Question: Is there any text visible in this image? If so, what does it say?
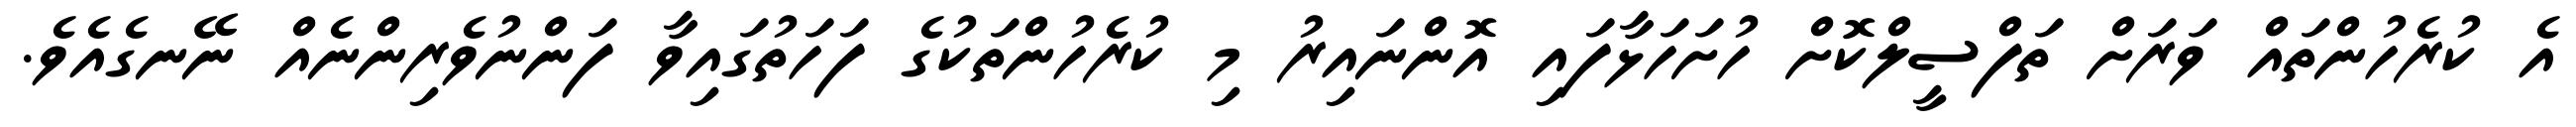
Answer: އެ ކުރެހުންތައް ވަރަށް ތަފްސީލްކޮށް ހުށަހަޅާފައި އޮންނައިރު މި ކުރެހުންތަކުގެ ފަހަތުގައިވާ ފަންނުވެރިންނެއް ނޭނގެއެވެ.